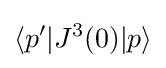
\langle p'|J^{3}(0)|p\rangle